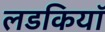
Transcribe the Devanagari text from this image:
लडकियॉ